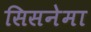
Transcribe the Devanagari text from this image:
सिसनेमा